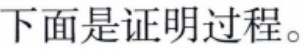
下面是证明过程。